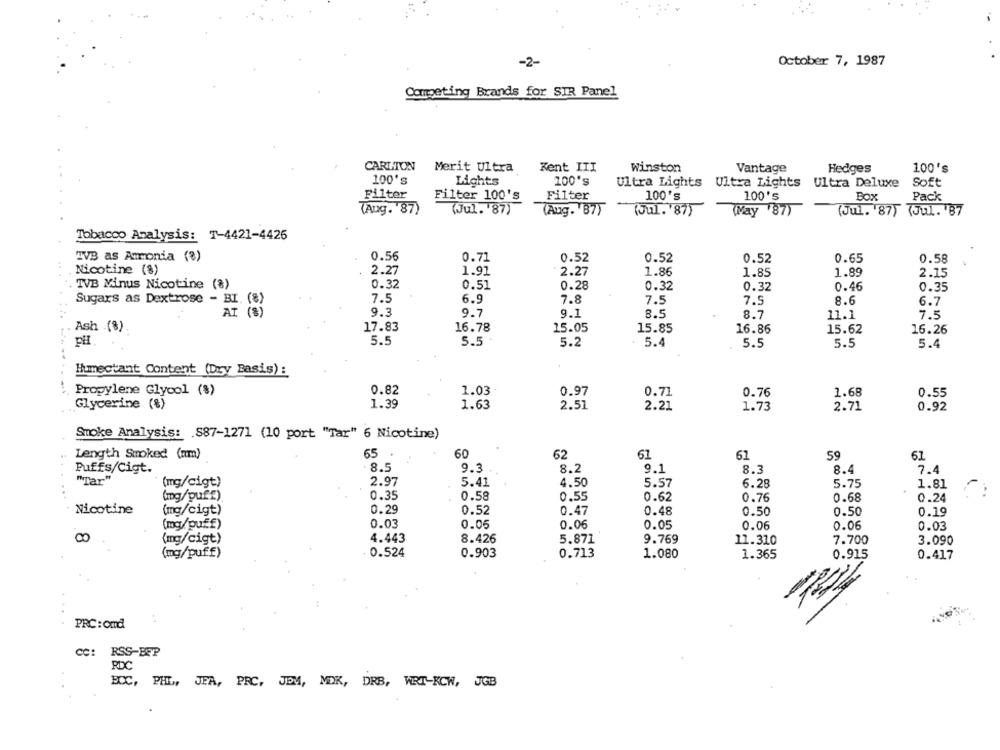
-2-
October 7, 1987
Competing Brands for SIR Panel
CARLTON
Merit Ultra
Kent III
Winston
Vantage
Hedges
100's
100's
100's
Lights
Ultra Lights Ultra Lights Ultra Deluxe
Soft
Filter
Filter 100's
Filter
100's
100's
Box
Pack
(Aug. 87)
(Jul. '87)
(Aug. 87)
(Jul. '87)
(May '87)
(Jul. 87) (Jul. '87
Tobacco Analysis: T-4421-4426
TVB as Amonia (%)
0.56
0.71
0.52
0.52
0.52
0.65
0.58
Nicotine (8)
2.27
1.86
1.91
2.27
1.85
1.89
2.15
TVB Minus Nicotine (8)
0.32
0.51
0.28
0.32
0.32
0.46
0.35
7.5
6.9
7.8
7.5
7.5
8.6
Sugars as Dextrose - BI. (8)
6.7
9.3
9.7
9.1
8.5
8.7
11.1
7.5
Ash .(%)
17.83
16.78
15.05
15.85
16.86
15.62
16.26
pH.
5.5
5.5
5.2
5.4
5.5
5.5
5.4
Humectant Content (Dry Basis) :
0.82
0.97
Propylene Glycol (8)
1.03
0.71
0.76
1.68
0.55
Glycerine (%)
1.39
1.63
2.51
2.21
1.73
2.71
0.92
Smoke Analysis: S87-1271 (10 port "Tar" 6 Nicotine)
Length Smoked (am)
65
60
62
61
61
59
61
Puffs/Cigt.
8.5
9.3
8.2
9.1
8.3
8.4
7.4
"Tar"
(mg/cigt)
2.97
5.41
4.50
5.57
6.28
5.75
1.81
0.58
0.55
(mg/puff)
0.35
0.62
0.76
0.68
0.24
Nicotine
(mg/cigt)
0.29
0.52
0.47
0.48
0.50
0.50
0.19
(mg/puff)
0.03
0.05
0.06
0.05
0.06
0.06
0.03
(mg/cigt)
4.443
8.426
5.871
9.769
11.310
7.700
3.090
5.0 6.0.
(mg/puff)
0.524
0.903
0.713
1.080
1.365
0.915
0.417
PRC: Omd
RSS-BEP
RDC
BCC, PHL, JEA, PRC, JEM, MDK, DRB, WRT-KCW, JGB